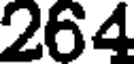
264